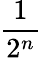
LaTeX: \frac{1}{2^{n}}